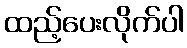
ထည့်ပေးလိုက်ပါ